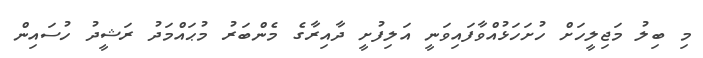
މި ބިލު މަޖިލީހަށް ހުށަހަޅުއްވާފައިވަނީ އަލިފުށީ ދާއިރާގެ މެންބަރު މުޙައްމަދު ރަޝީދު ހުސައިން